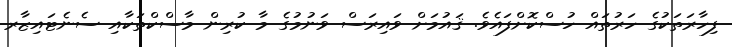
ފިހާރަތަކުގެ ހަރުތައް ހުސްކޮށްފައެވެ. ޤައުމަށް ވައިރަސް ވަނުމުގެ މާ ކުރިން މާސްކްތަކާއި ސެނެޓައިޒާރ